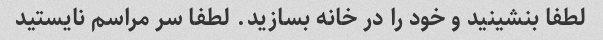
لطفا بنشینید و خود را در خانه بسازید. لطفا سر مراسم نایستید